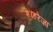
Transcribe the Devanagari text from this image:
शाहरेज़ा